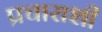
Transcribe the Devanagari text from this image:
प्रचाराशी